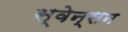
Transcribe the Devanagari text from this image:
स्वेन्सन